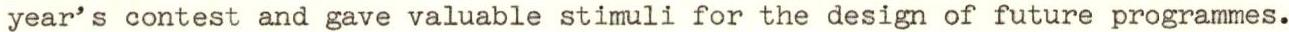
year's contest and gave valuable stimuli for the design of future programmes.